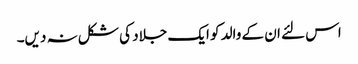
اس لئے ان کے والد کو ایک جلاد کی شکل نہ دیں۔